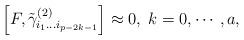
LaTeX: \begin{align*}\left[ F,\tilde \gamma _{i_1\ldots i_{p-2k-1}}^{(2)}\right]\approx 0,\;k=0,\cdots ,a,\end{align*}